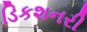
ડિકશનરી